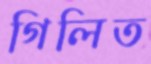
গিলিত